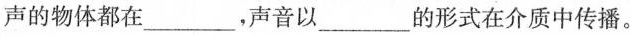
声的物体都在___，声音以___的形式在介质中传播。